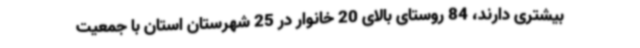
بیشتری دارند، 84 روستای بالای 20 خانوار در 25 شهرستان استان با جمعیت